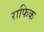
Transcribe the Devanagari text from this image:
राफिक